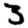
Digit: 3